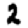
Digit: 2